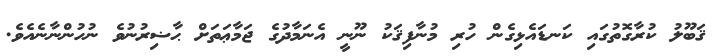
ޤަބޫލު ކުރާގޮތުގައި ކަނޑައެޅިގެން ހުރި މުނާފިޤަކު ނޫނީ އެނަމާދުގެ ޖަމާޢަތަށް ޙާޟިރުނުވެ ނުހުންނާނެއެވެ.